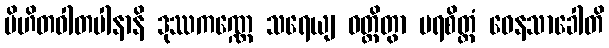
ပိဟိတဝါတပါနာနိ ဒုဿကဏ္ဏေ သရေယျ ဝတ္တိတွာ ပရစိတ္တံ ဝေနသာခေါတိ